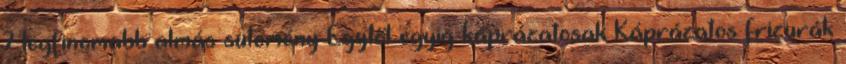
7 legfinomabb almás sütemény Egytől egyig káprázatosak Káprázatos frizurák